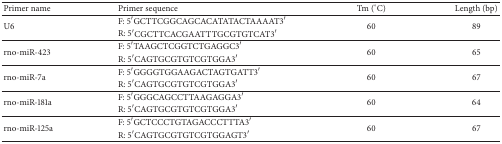
<table><thead><tr><td><b>Primer name</b></td><td><b>Primer sequence</b></td><td><b>Tm (°C)</b></td><td><b>Length (bp)</b></td></tr></thead><tbody><tr><td rowspan="2">U6</td><td>F: 5′GCTTCGGCAGCACATATACTAAAAT3′ </td><td rowspan="2">60</td><td rowspan="2">89</td></tr><tr><td>R: 5′CGCTTCACGAATTTGCGTGTCAT3′</td></tr><tr><td rowspan="2">rno-miR-423</td><td>F: 5′TAAGCTCGGTCTGAGGC3′</td><td rowspan="2">60</td><td rowspan="2">65</td></tr><tr><td>R: 5′CAGTGCGTGTCGTGGA3′</td></tr><tr><td rowspan="2">rno-miR-7a</td><td>F: 5′GGGGTGGAAGACTAGTGATT3′</td><td rowspan="2">60</td><td rowspan="2">67</td></tr><tr><td>R: 5′CAGTGCGTGTCGTGGA3′</td></tr><tr><td rowspan="2">rno-miR-181a</td><td>F: 5′GGGCAGCCTTAAGAGGA3′</td><td rowspan="2">60</td><td rowspan="2">64</td></tr><tr><td>R: 5′CAGTGCGTGTCGTGGA3′</td></tr><tr><td rowspan="2">rno-miR-125a</td><td>F: 5′GCTCCCTGTAGACCCTTTA3′</td><td rowspan="2">60</td><td rowspan="2">67</td></tr><tr><td>R: 5′CAGTGCGTGTCGTGGAGT3′</td></tr></tbody></table>